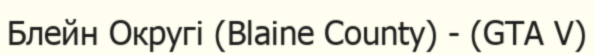
Блейн Округі (Blaine County) - (GTA V)